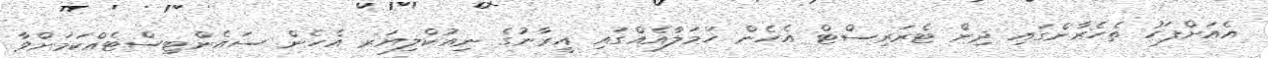
އެއަށްފަހު ތެހެރާންގައި ދިން ޓެރަރިސްޓް އެހެން ހަމަލާއެއްގައި އީރާނުގެ ނިއުކްލިޔަރ އެހެން ސައެންޓިސްޓެއްކަމަށްވާ